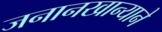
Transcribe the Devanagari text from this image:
जनानखान्याने